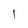
Character: I